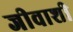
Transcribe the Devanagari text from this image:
जीवाशी